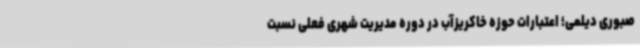
صبوری دیلمی؛ اعتبارات حوزه خاکریزآب در دوره مدیریت شهری فعلی نسبت